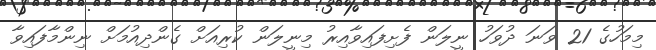
މިމަހުގެ 21 ވަނަ ދުވަހު ނީލަން ފެށިފައިވާއިރު މިނީލަން ކުރިއަށް ގެންދިއުމަށް ނިންމާފައިވާ